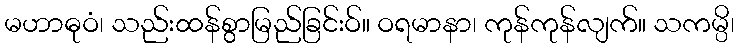
မဟာဓုဝံ၊ သည်းထန်စွာမြည်ခြင်းဝ်။ ဝရမာနာ၊ ကုန်ကုန်လျက်။ သကမ္ပိ၊